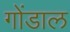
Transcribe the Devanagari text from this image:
गोंडाल